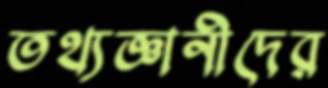
তথ্যজ্ঞানীদের